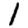
Digit: 1